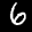
Label: 6